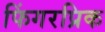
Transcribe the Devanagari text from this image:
फिंगरप्रिक